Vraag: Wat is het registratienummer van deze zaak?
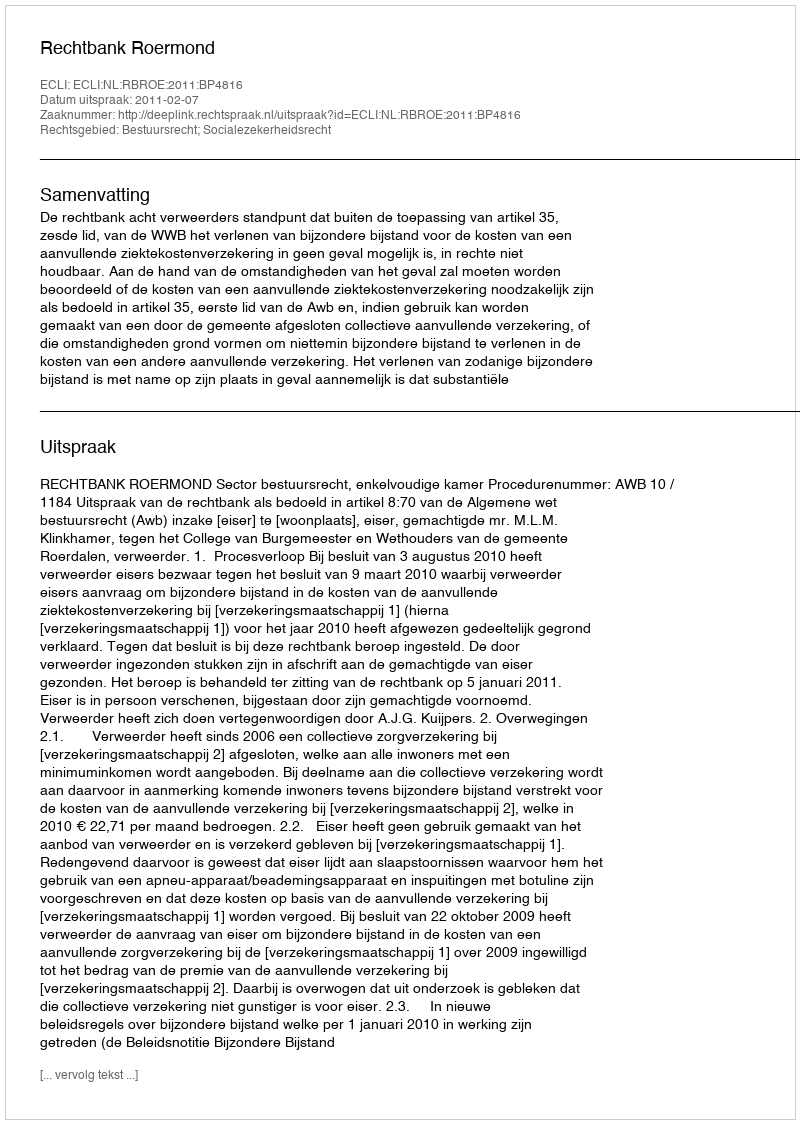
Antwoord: http://deeplink.rechtspraak.nl/uitspraak?id=ECLI:NL:RBROE:2011:BP4816